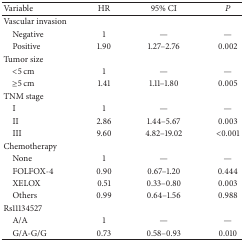
| Variable | HR | 95% CI | P |
 | --- | --- | --- | --- |
 | Vascular invasion |  |  |  |
 | Negative | 1 | — | — |
 | Positive | 1.90 | 1.27–2.76 | 0.002 |
 | Tumor size |  |  |  |
 | <5 cm | 1 | — | — |
 | ≥5 cm | 1.41 | 1.11–1.80 | 0.005 |
 | TNM stage |  |  |  |
 | I | 1 | — | — |
 | II | 2.86 | 1.44–5.67 | 0.003 |
 | III | 9.60 | 4.82–19.02 | <0.001 |
 | Chemotherapy |  |  |  |
 | None | 1 | — | — |
 | FOLFOX-4 | 0.90 | 0.67–1.20 | 0.444 |
 | XELOX | 0.51 | 0.33–0.80 | 0.003 |
 | Others | 0.99 | 0.64–1.56 | 0.988 |
 | Rs11134527 |  |  |  |
 | A/A | 1 | — | — |
 | G/A-G/G | 0.73 | 0.58–0.93 | 0.010 |